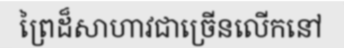
ព្រៃដ៏សាហាវជាច្រើនលើកនៅ